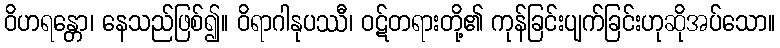
ဝိဟရန္တော၊ နေသည်ဖြစ်၍။ ဝိရာဂါနုပဿီ၊ ဝဋ်တရားတို့၏ ကုန်ခြင်းပျက်ခြင်းဟုဆိုအပ်သော။